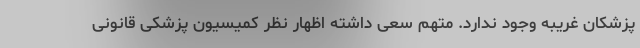
پزشکان غریبه وجود ندارد. متهم سعی داشته اظهار نظر کمیسیون پزشکی قانونی